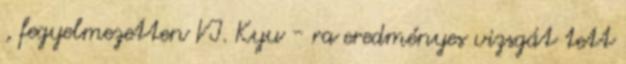
, fegyelmezetten VI. Kyu - ra eredményes vizsgát tett